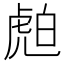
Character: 𧆽